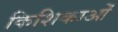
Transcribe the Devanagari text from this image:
किशिकाओं